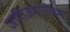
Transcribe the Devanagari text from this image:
जातिजमातींच्या